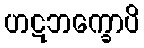
ဟဋဘက္ခောပိ